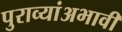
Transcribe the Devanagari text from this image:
पुराव्यांअभावी